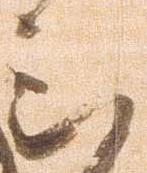
被